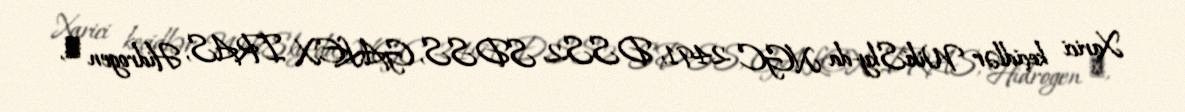
Xarici keçidlər WikiSky-da NGC 2491: DSS2, SDSS, GALEX, IRAS, Hidrogen α,